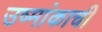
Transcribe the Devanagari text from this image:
उष्मांकाची